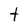
Character: t